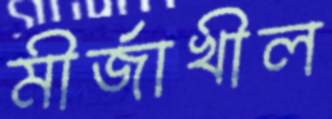
মীর্জাখীল